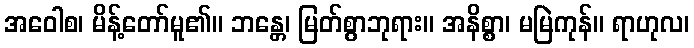
အဝေါစ၊ မိန့်တော်မူ၏။ ဘန္တေ၊ မြတ်စွာဘုရား။ အနိစ္စာ၊ မမြဲကုန်။ ရာဟုလ၊